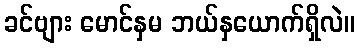
ခင်ဗျား မောင်နှမ ဘယ်နှယောက်ရှိလဲ။